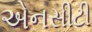
એનસીટી